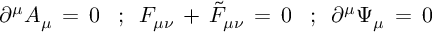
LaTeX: \, \, \, \, \partial ^ { \mu } A _ { \mu } \, = \, 0 \, \, \, \, \, ; \, \, \, F _ { \mu \nu } \, + \, { \tilde { F } } _ { \mu \nu } \, = \, 0 \, \, \, \, \, ; \, \, \, \partial ^ { \mu } \Psi _ { \mu } \, = \, 0